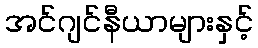
အင်ဂျင်နီယာများနှင့်